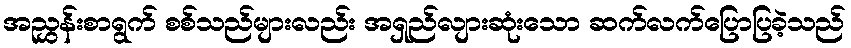
အညွှန်းစာရွက် စစ်သည်များလည်း အရှည်လျားဆုံးသော ဆက်လက်ပြောပြခဲ့သည်